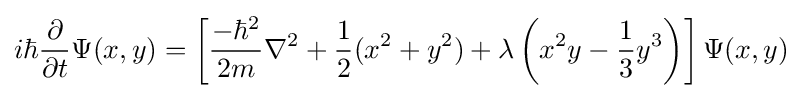
i\hbar {\frac {\partial }{\partial t}}\Psi (x,y)=\left[{\frac {-\hbar ^{2}}{2m}}\nabla ^{2}+{\frac {1}{2}}(x^{2}+y^{2})+\lambda \left(x^{2}y-{\frac {1}{3}}y^{3}\right)\right]\Psi (x,y)